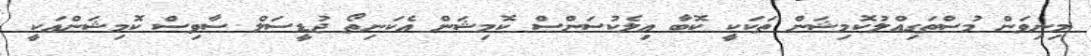
މިނިވަން މުސްތަގިއްލުކޮމިޝަން ތަކަކީ ކޮބާ އިލެކުސަންސް ކޮމިޝަން އެކަނިތޯ ޖުޑީސަލް ސާވިސް ކޮމިޝަންއަކީ